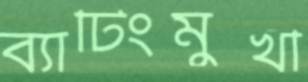
ব্যাটিংমুখী